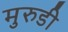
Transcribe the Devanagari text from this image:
मुरुडी